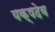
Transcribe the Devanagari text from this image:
यक्षदेव